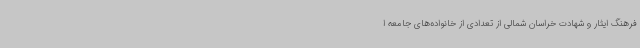
فرهنگ ایثار و شهادت خراسان شمالی از تعدادی از خانواده‌های جامعه ا